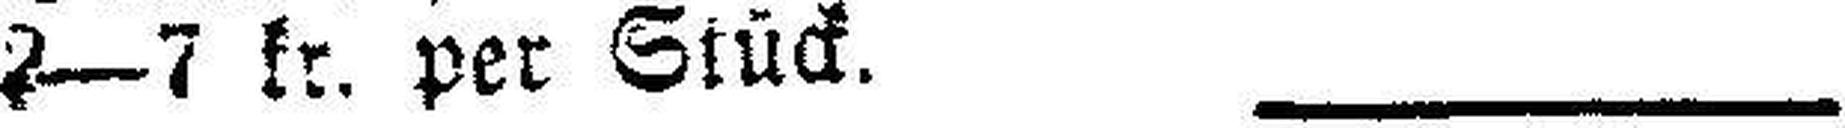
2—7 kr. per Stück.